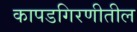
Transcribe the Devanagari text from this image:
कापडगिरणीतील